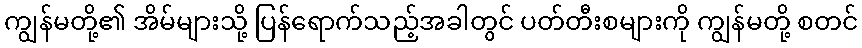
ကျွန်မတို့၏ အိမ်များသို့ ပြန်ရောက်သည့်အခါတွင် ပတ်တီးစများကို ကျွန်မတို့ စတင်